Lunatic asylums in Bengal annual reports 1899-1911 - 1899-1911
Year: 1899
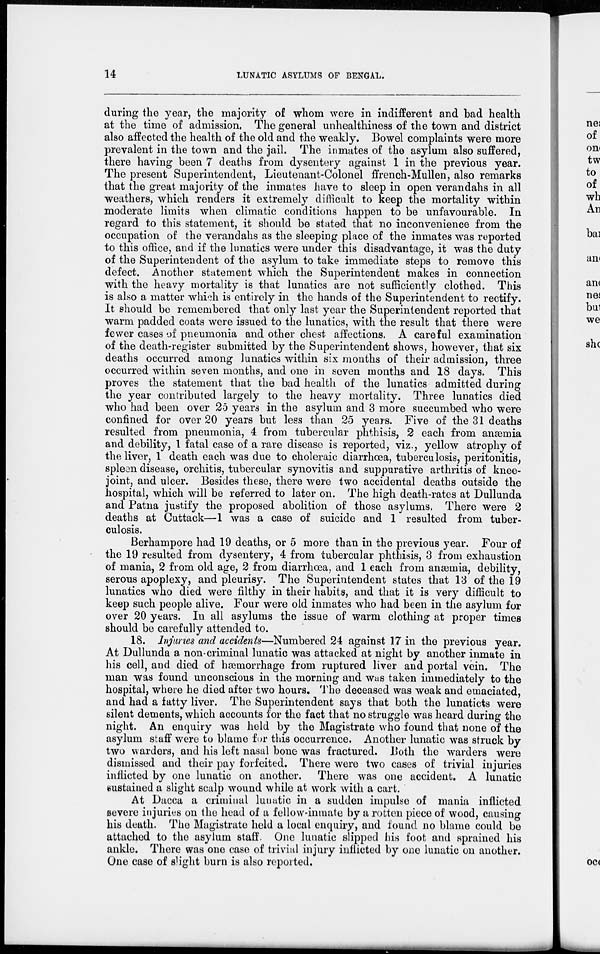
14
LUNATIC ASYLUMS OF BENGAL.
during the year, the majority of whom were in indifferent and bad health
at the time of admission. The general unhealthiness of the town and district
also affected the health of the old and the weakly. Bowel complaints were more
prevalent in the town and the jail. The inmates of the asylum also suffered,
there having been 7 deaths from dysentery against 1 in the previous year.
The present Superintendent, Lieutenant-Colonel ffrench-Mullen, also remarks
that the great majority of the inmates have to sleep in open verandahs in all
weathers, which renders it extremely difficult to keep the mortality within
moderate limits when climatic conditions happen to be unfavourable. In
regard to this statement, it should be stated that no inconvenience from the
occupation of the verandahs as the sleeping place of the inmates was reported
to this office, and if the lunatics were under this disadvantage, it was the duty
of the Superintendent of the asylum to take immediate steps to remove this
defect. Another statement which the Superintendent makes in connection
with the heavy mortality is that lunatics are not sufficiently clothed. This
is also a matter which is entirely in the hands of the Superintendent to rectify.
It should be remembered that only last year the Superintendent reported that
warm padded coats were issued to the lunatics, with the result that there were
fewer cases of pneumonia and other chest affections. A careful examination
of the death-register submitted by the Superintendent shows, however, that six
deaths occurred among lunatics within six months of their admission, three
occurred within seven months, and one in seven months and 18 days. This
proves the statement that the bad health of the lunatics admitted during
the year contributed largely to the heavy mortality. Three lunatics died
who had been over 25 years in the asylum and 3 more succumbed who were
confined for over 20 years but less than 25 years. Five of the 31 deaths
resulted from pneumonia, 4 from tubercular phthisis, 2 each from anæmia
and debility, 1 fatal case of a rare disease is reported, viz., yellow atrophy of
the liver, 1 death each was due to choleraic diarrhœa, tuberculosis, peritonitis,
spleen disease, orchitis, tubercular synovitis and suppurative arthritis of knee-
joint, and ulcer. Besides these, there were two accidental deaths outside the
hospital, which will be referred to later on. The high death-rates at Dullunda
and Patna justify the proposed abolition of those asylums. There were 2
deaths at Cuttack—1 was a case of suicide and 1 resulted from tuber-
culosis.
Berhampore had 19 deaths, or 5 more than in the previous year. Four of
the 19 resulted from dysentery, 4 from tubercular phthisis, 3 from exhaustion
of mania, 2 from old age, 2 from diarrhœa, and 1 each from anæmia, debility,
serous apoplexy, and pleurisy. The Superintendent states that 13 of the 19
lunatics who died were filthy in their habits, and that it is very difficult to
keep such people alive. Four were old inmates who had been in the asylum for
over 20 years. In all asylums the issue of warm clothing at proper times
should be carefully attended to.
18. Injuries and accidents—Numbered 24 against 17 in the previous year.
At Dullunda a non-criminal lunatic was attacked at night by another inmate in
his cell, and died of hæmorrhage from ruptured liver and portal vein. The
man was found unconscious in the morning and was taken immediately to the
hospital, where he died after two hours. The deceased was weak and emaciated,
and had a fatty liver. The Superintendent says that both the lunaticts were
silent dements, which accounts for the fact that no struggle was heard during the
night. An enquiry was held by the Magistrate who found that none of the
asylum staff were to blame for this occurrence. Another lunatic was struck by
two warders, and his left nasal bone was fractured. Both the warders were
dismissed and their pay forfeited. There were two cases of trivial injuries
inflicted by one lunatic on another. There was one accident. A lunatic
sustained a slight scalp wound while at work with a cart.
At Dacca a criminal lunatic in a sudden impulse of mania inflicted
severe injuries on the head of a fellow-inmate by a rotten piece of wood, causing
his death. The Magistrate held a local enquiry, and found no blame could be
attached to the asylum staff. One lunatic slipped his foot and sprained his
ankle. There was one case of trivial injury inflicted by one lunatic on another.
One case of slight burn is also reported.